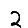
Digit: 2